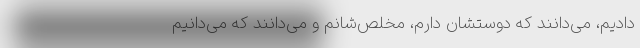
دادیم، می‌دانند که دوستشان دارم، مخلص‌شانم و می‌دانند که می‌دانیم